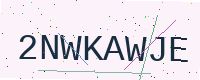
Text: 2NWKAWJE